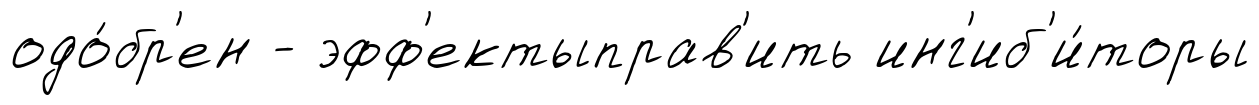
одо́бр'ен - эфф'ектыправ'ить инг'иб'и́торы